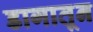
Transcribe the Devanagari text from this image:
डागातून